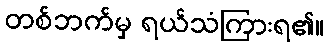
တစ်ဘက်မှ ရယ်သံကြားရ၏။